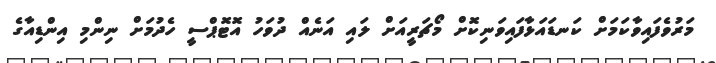
މަރުވެފައިވާކަމަށް ކަނޑައަޅާފައިވަނިކޮށް މޯޗަރީއަށް ލައި އަނެއް ދުވަހު އޮޓޮޕްސީ ހެދުމަށް ނިންމި އިންޑިއާގެ